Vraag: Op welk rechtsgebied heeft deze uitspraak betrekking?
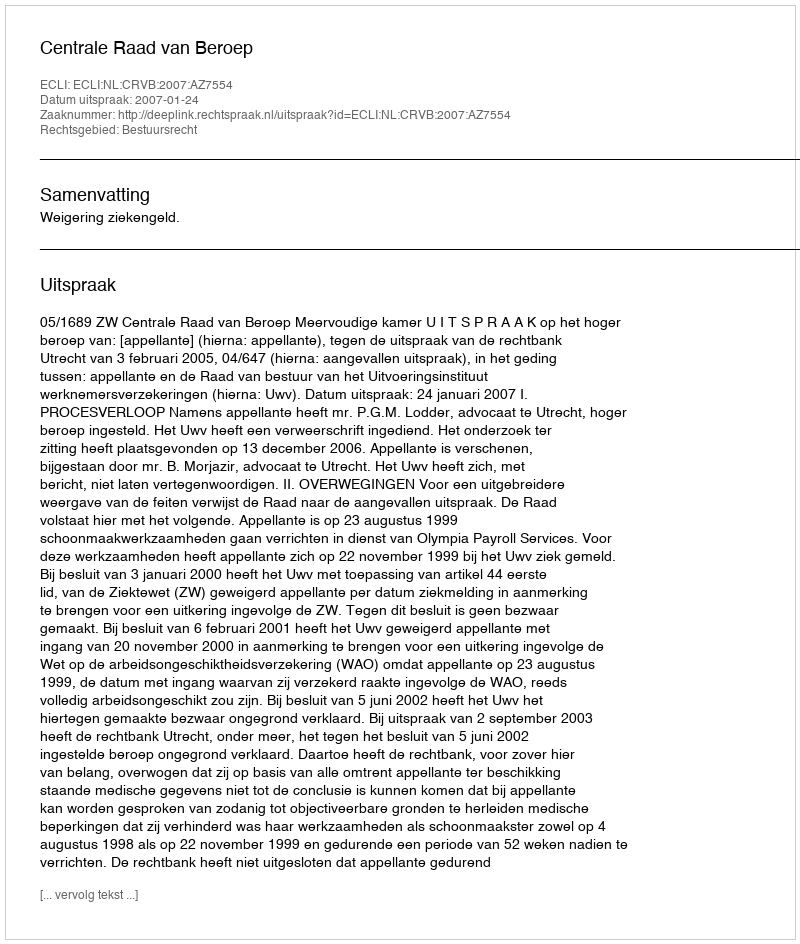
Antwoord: Bestuursrecht